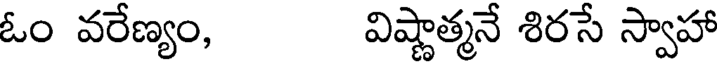
ఓం వరేణ్యం, విష్ణాత్మనే శిరసే స్వాహా